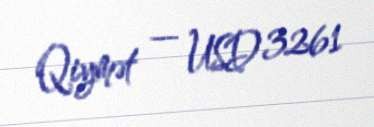
Qiymət — USD 3261